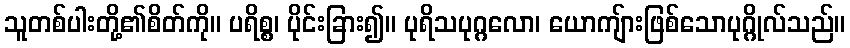
သူတစ်ပါးတို့၏စိတ်ကို။ ပရိစ္စ၊ ပိုင်းခြား၍။ ပုရိသပုဂ္ဂလော၊ ယောကျ်ားဖြစ်သောပုဂ္ဂိုလ်သည်။